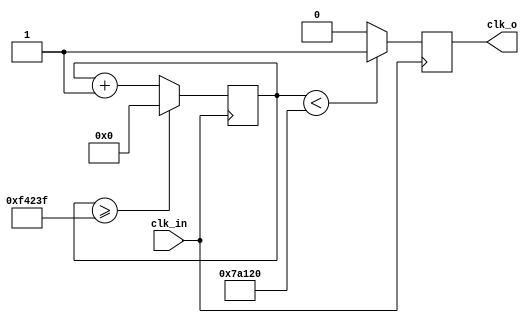
`timescale 1ns / 1ps
//////////////////////////////////////////////////////////////////////////////////
// Company: 
// Engineer: 
// 
// Design Name: 
// Module Name: Clk_divider_1hz
// Project Name: 
// Target Devices: 
// Tool Versions: 
// Description: 
// 
// Dependencies: 
// 
// Revision:
// Revision 0.01 - File Created
// Additional Comments:
// 
//////////////////////////////////////////////////////////////////////////////////


module Clock_Divider_to_1sec(
    input clk_in,
    output reg clk_o
    );
reg [50:0] counter = 50'd0;
parameter Divider = 50'd1000000;
always @ (posedge clk_in) begin
    counter<= counter + 50'd1;
    
    if ( counter >= (Divider - 1))
        counter <= 50'd0;
    
    clk_o <= (counter<Divider/2)?1'b1:1'b0;
     
end 
endmodule